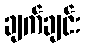
ချက်ချင်း